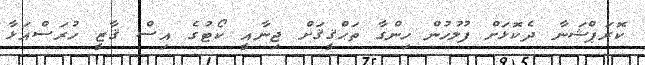
ކޮރަޕްޝަނާ ދެކޮޅަށް ފުލުހުން ހިންގާ ތަޙްޤީޤަށް ޖިނާއީ ކޯޓުގެ އިސް ޤާޒީ ހުރަސްއަޅާ